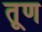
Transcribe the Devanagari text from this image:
तूण